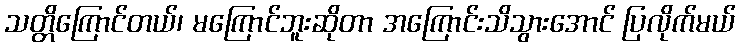
သတ္တိကြောင်တယ်၊ မကြောင်ဘူးဆိုတာ အကြောင်းသိသွားအောင် ပြလိုက်မယ်